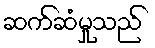
ဆက်ဆံမှုသည်